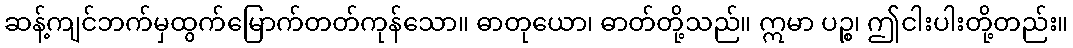
ဆန့်ကျင်ဘက်မှထွက်မြောက်တတ်ကုန်သော။ ဓာတုယော၊ ဓာတ်တို့သည်။ ဣမာ ပဉ္စ၊ ဤငါးပါးတို့တည်း။